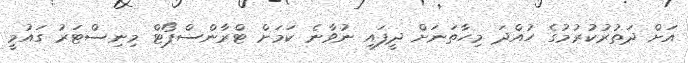
އަށް ދަތުރުކުރުމުގެ ހުއްދަ މިހާތަނަށް ދީފައި ނުވާނެ ކަމަށް ޓްރާންސްޕޯޓް މިނިސްޓަރު ގައުމީ